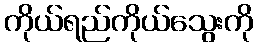
ကိုယ်ရည်ကိုယ်သွေးကို